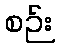
စဉ်း